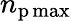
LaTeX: n_{\mathrm{p}\operatorname*{max}}